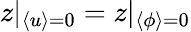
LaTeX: z|_{\langle u\rangle=0}=z|_{\langle\phi\rangle=0}